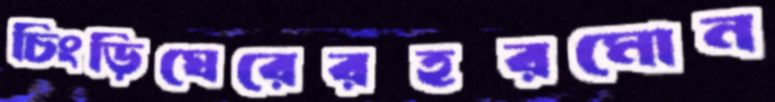
চিংড়িঘেরেরহরমোন